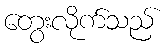
တွေးလိုက်သည်